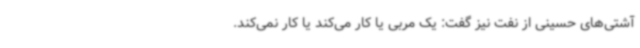
آشتی‌های حسینی از نفت نیز گفت: یک مربی یا کار می‌کند یا کار نمی‌کند.